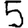
Digit: 5